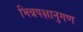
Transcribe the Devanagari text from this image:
भिन्नपक्षानुगण